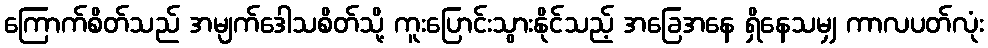
ကြောက်စိတ်သည် အမျက်ဒေါသစိတ်သို့ ကူးပြောင်းသွားနိုင်သည့် အခြေအနေ ရှိနေသမျှ ကာလပတ်လုံး